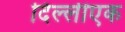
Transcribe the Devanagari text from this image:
दिल्लीएक